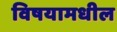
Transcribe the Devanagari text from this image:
विषयामधील